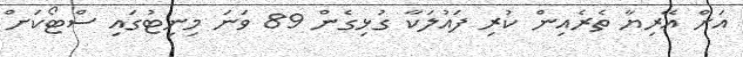
އަށް އޭރިޔާ ތެރެއިން ކުރި ފައުލަކާ ގުޅިގެން 89 ވަނަ މިނިޓުގައި ސްޓޯކަށް